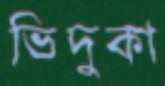
ভিদুকা